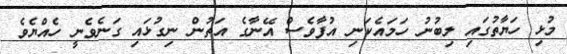
މުޅި ހަޔާތުގައި ލިބުނު ހަމައެކަނި އުފާވެސް އޭނާގެ އަތުން ނިގުޅައި ގަނެވެނީ ހެއްޔެވެ